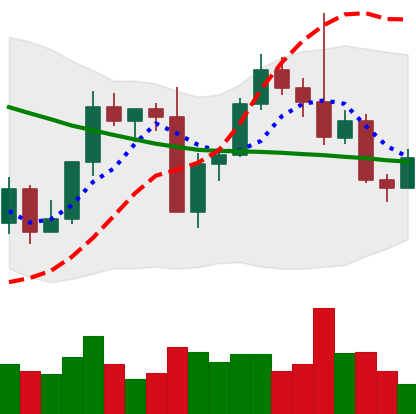
Ticker: LTC-USD
Chart end date: 2022-09-17
Forward return: -7.448%
Label: down_7plus